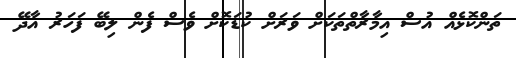
ތަންކޮޅެއް އުސް އިމާރާތްތަކަށް ވަރަށް ކުޑަކޮށް ވެސް ފެން ލިބޭ ފަހަރު އާދޭ